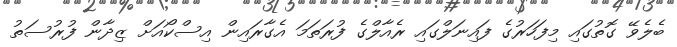
ބެލެވޭ ގޮތުގައި މިފަހަރުގެ ފައިނަލްގައި ރެއާލްގެ ފުރަތަމަ އެގާރައިން އިސްކޯއަށް ޒިދާން ފުރުސަތު